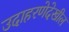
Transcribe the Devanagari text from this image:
उदाहरणेदेखील